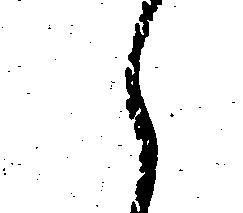
え